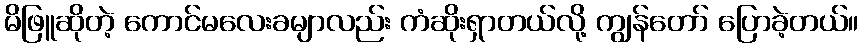
မိဖြူဆိုတဲ့ ကောင်မလေးခမျာလည်း ကံဆိုးရှာတယ်လို့ ကျွန်တော် ပြောခဲ့တယ်။